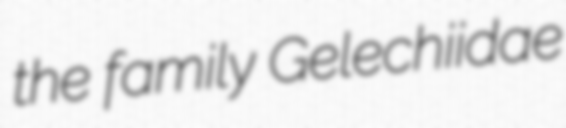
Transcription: the family Gelechiidae